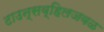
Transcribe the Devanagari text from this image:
टाउन्सव्हिलजवळ